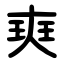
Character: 㻎